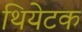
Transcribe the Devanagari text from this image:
थियेटक